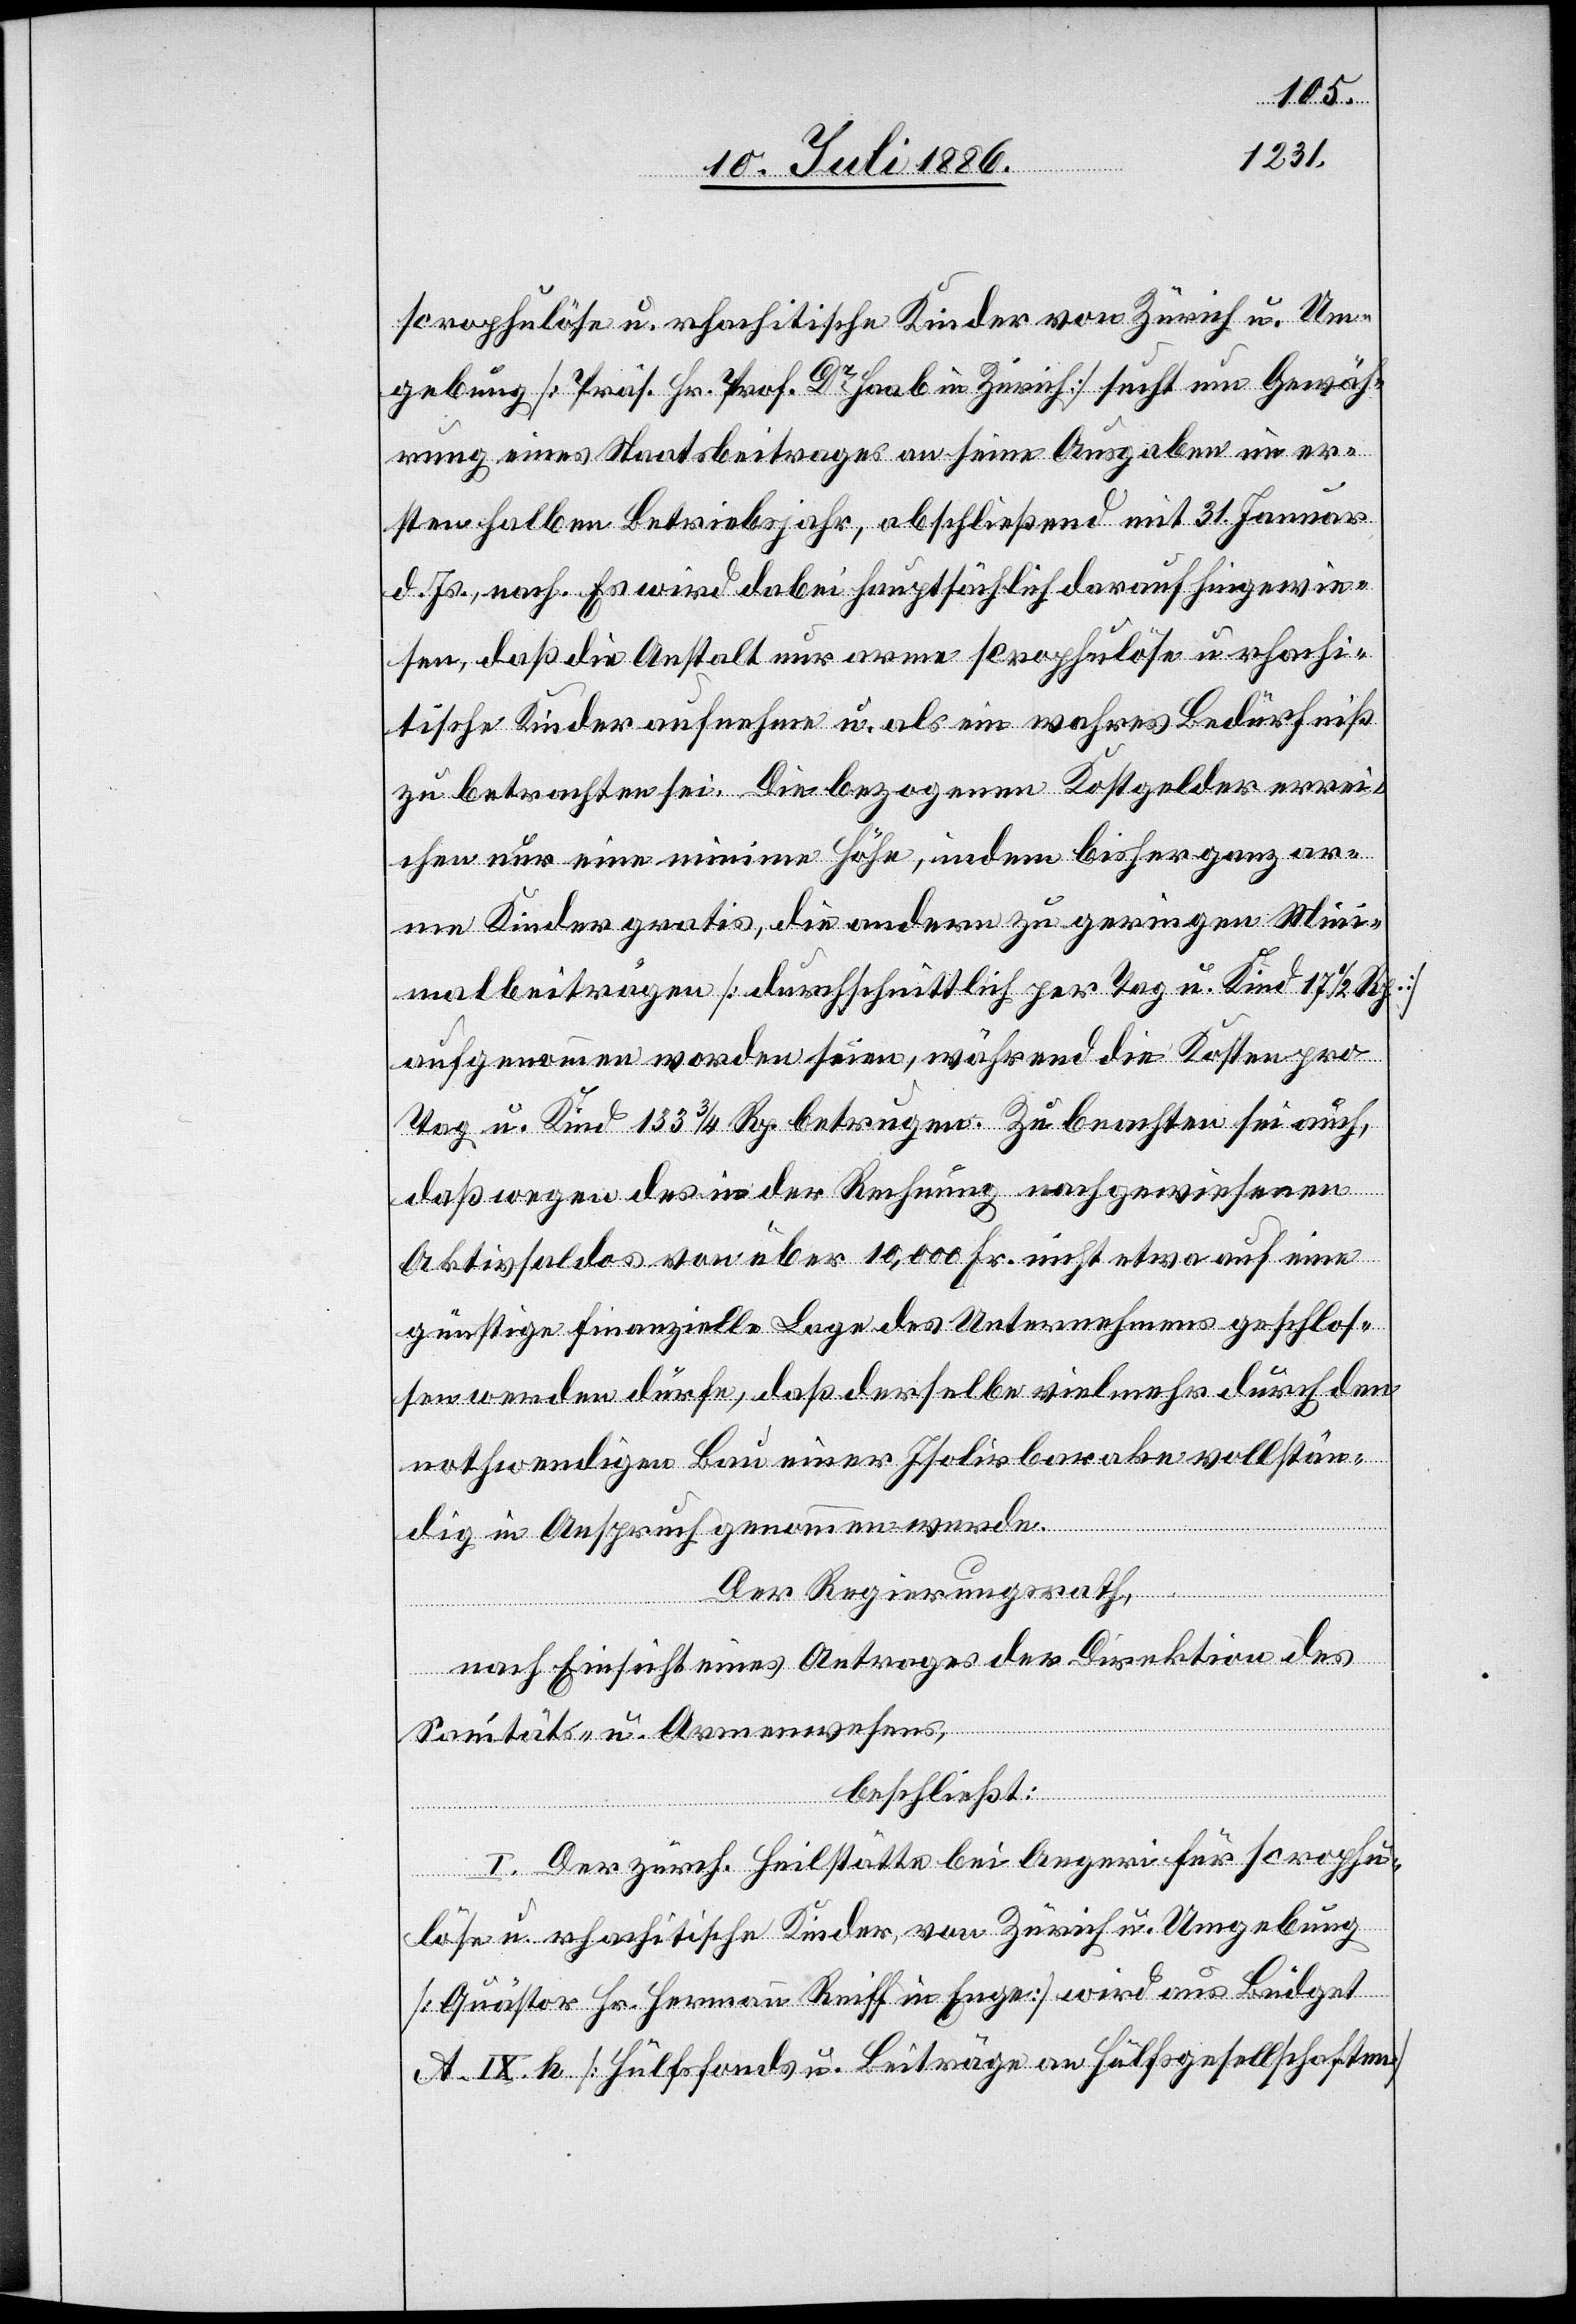
scrophulöse u. rhachitische Kinder von Zürich u. Um¬
gebung [Präs. Hr. Prof. Dr Haab in Zürich] sucht um Gewäh¬
rung eines Staatsbeitrages an seine Ausgaben im er¬
sten halben Betriebsjahr, abschließend mit 31. Januar
d. Js., nach. Es wird dabei hauptsächlich darauf hingewie¬
sen, daß die Anstalt nur arme scrophulöse u. rhachi¬
tische Kinder aufnehme u. als ein wahres Bedürfniß
zu betrachten sei. Die bezogenen Kostgelder errei¬
chen nur eine minime Höhe, indem bisher ganz ar¬
me Kinder gratis, die andern zu geringen Min¬
imalbeiträgen [durchschnittlich per Tag u. Kind 17 1/2
aufgenommen worden seien, während die Kosten pro
Tag u. Kind 133 3/4 Rp. betragen. Zu beachten sei auch,
daß wegen des in der Rechnung nachgewiesenen
Aktivsoldes von über 10,000 Fr. nicht etwa auf eine
günstige finanzielle Lage des Unternehmens geschlos¬
sen werden dürfe, daß derselbe vielmehr durch den
nothwendigen Bau einer Isolirbarake vollstän¬
dig in Anspruch genommen werde.
Der Regierungsrath,
nach Einsicht eines Antrages der Direktion des
Sanitäts- u. Armenwesens,
beschließt:
I. Der zürch. Heilstätte bei Aegeri für scrophu¬
löse u. rhachitische Kinder, von Zürich u. Umgebung
[Quästor Hr. Hermann Reiff in Enge] wird aus Büdget
A. IX. h [Hülfsfond u. Beiträge an Hülfsgesellschaften]